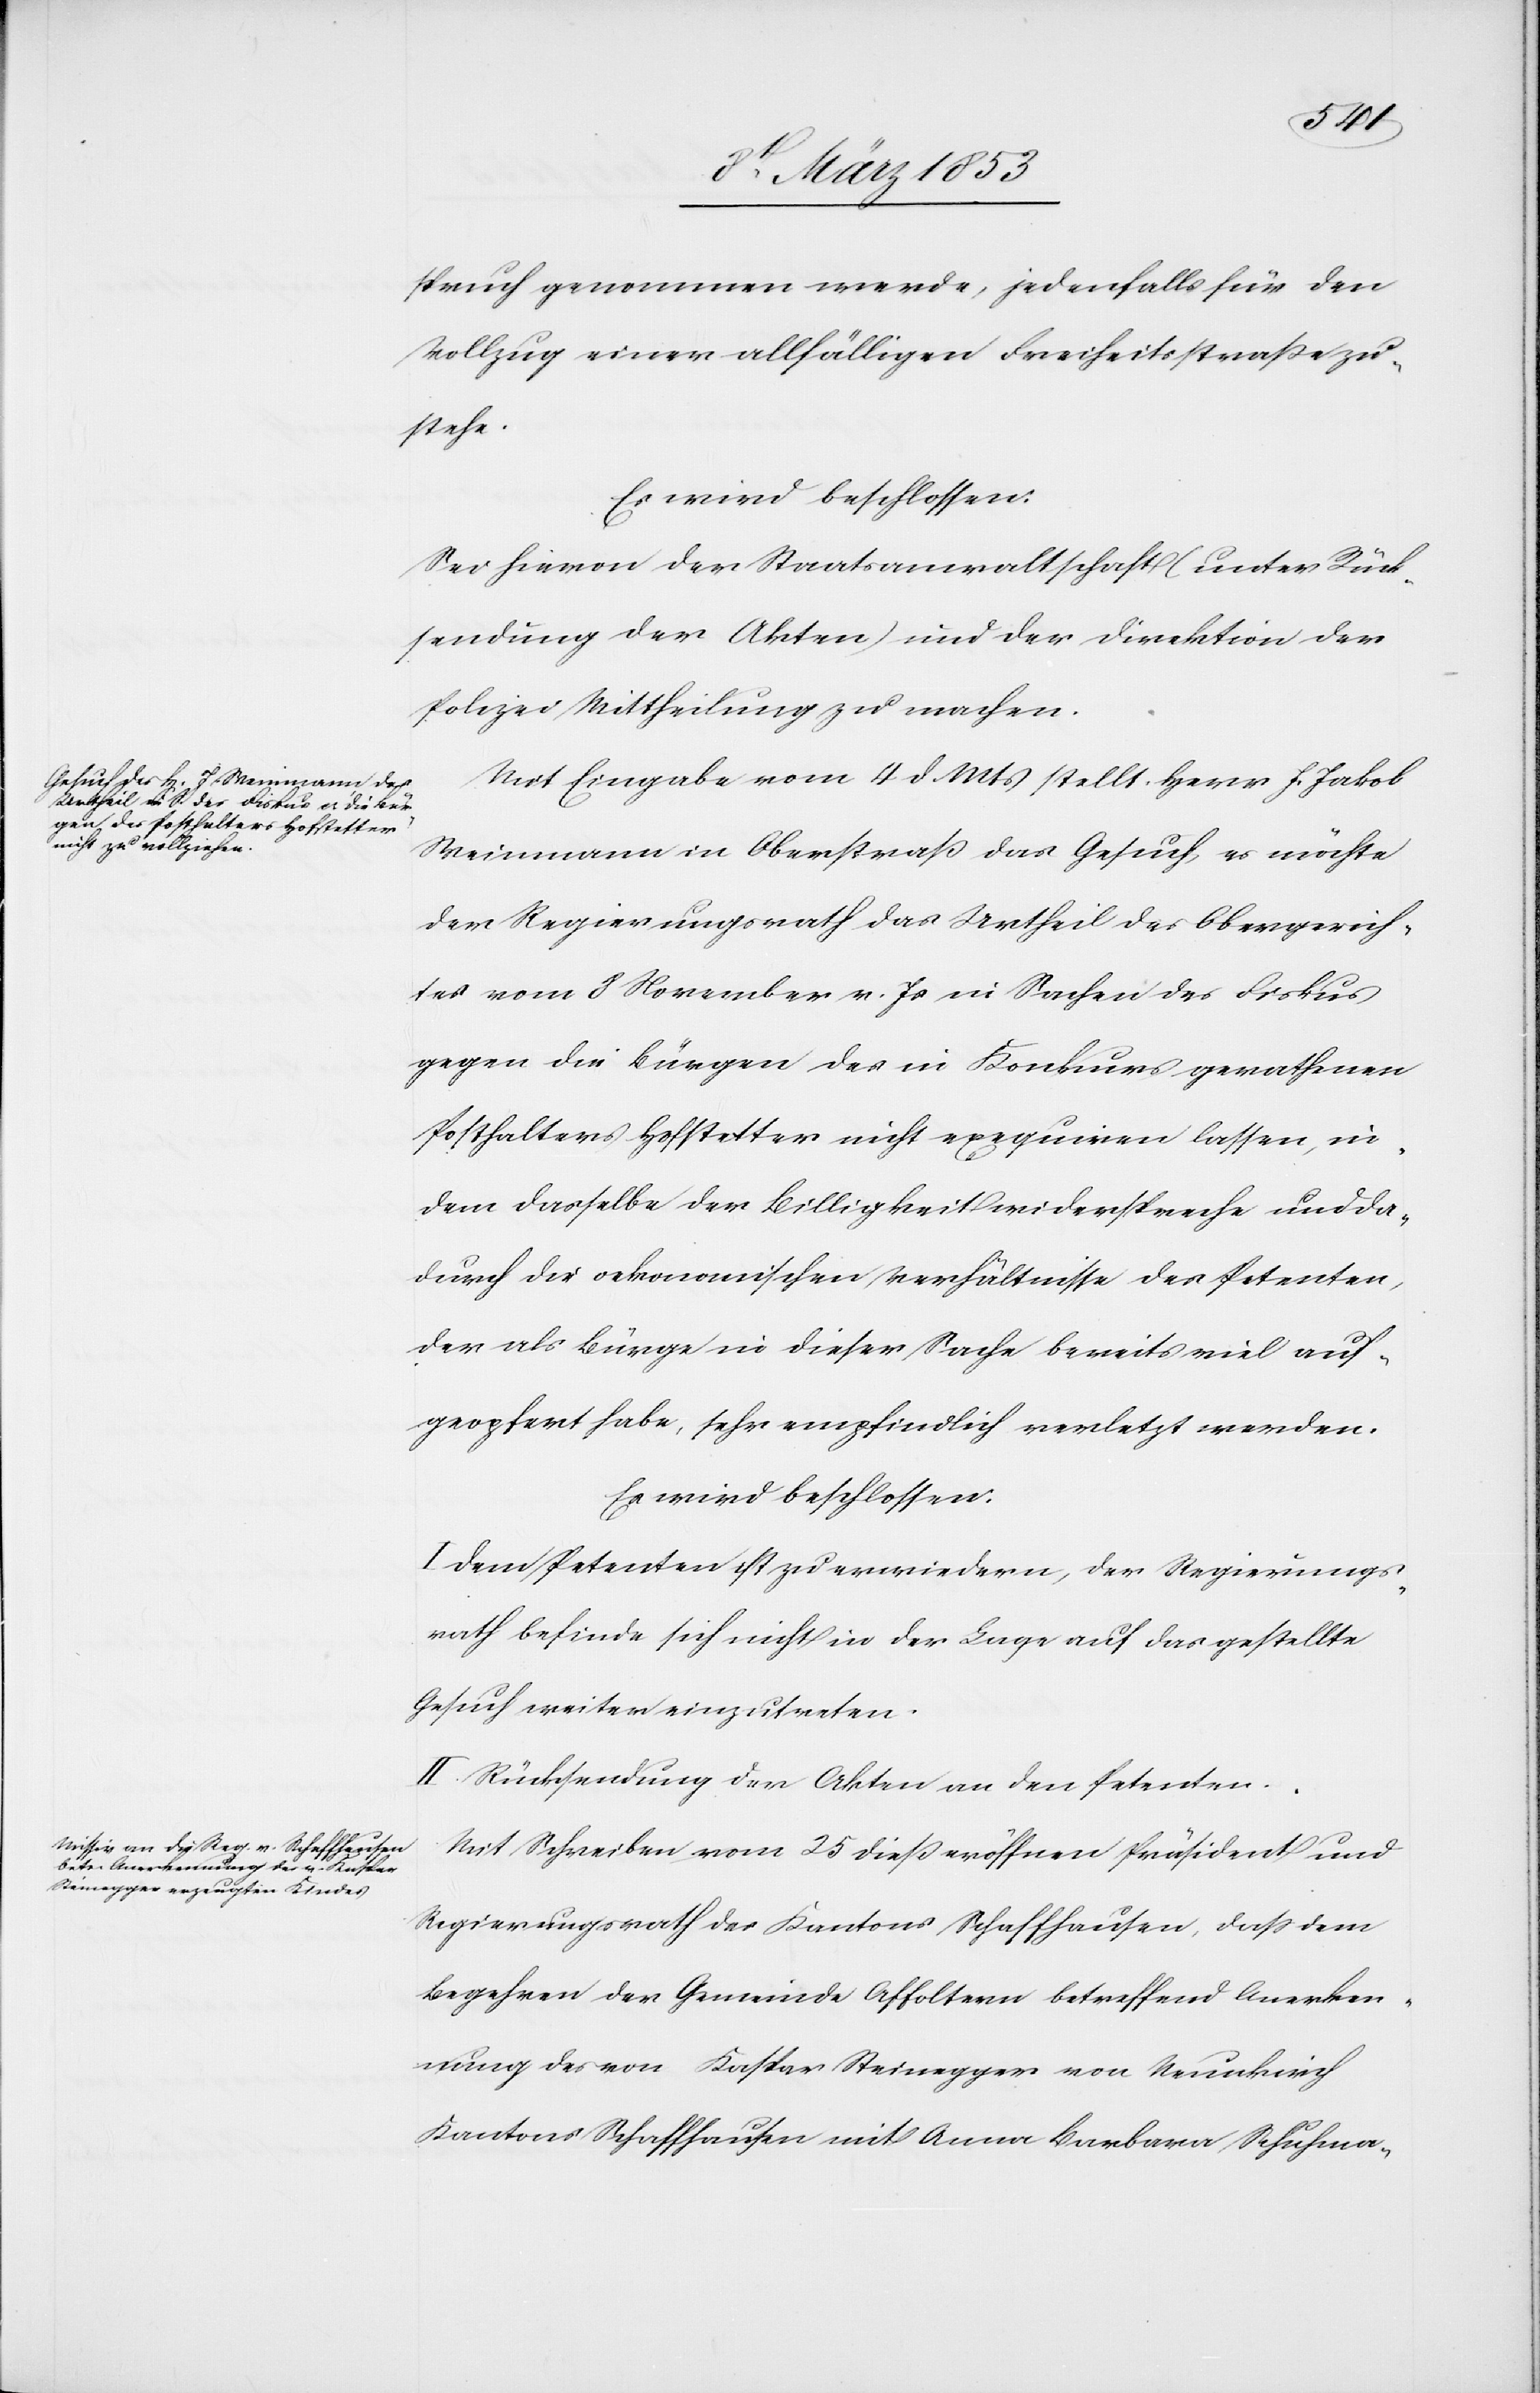
spruch genommen werde, jedenfalls für den
Vollzug einer allfälligen Freiheitsmaße zu¬
stehe.
Es wird beschlossen:
Sei hievon der Staatsanwaltschaft (unter Rück¬
sendung der Akten) und der Direktion der
Polizei Mittheilung zu machen.
Mit Eingabe vom 4 d. Mts. Herr J. Jakob
Weinmann in Oberstraß das Gesuch, es möchte
der Regierungsrath das Urtheil des Obergerich¬
tes vom 8 November v. Js. in Sachen des Fiskus
gegen die Bürger des in Konkurs gerathenen
Posthalters Hofstetter nicht exequiren lassen, in
dem dasselbe der Billigkeit widerspreche und da¬
durch die oekonomischen Verhältnisse des Petenten,
der als Bürge[r] in dieser Sache bereits viel auf¬
geopfert habe, sehr empfindlich verletzt werden.
Es wird beschlossen:
I. Dem Petenten ist zu erwiedern, der Regierungs¬
rath befinde sich nicht in der Lage auf das gestellte
Gesuch weiter einzutreten.
II. Rücksendung der Akten an den Petenten.
Mit Schreiben vom 25 dieß eröffnen Präsident und
Regierungsrath des Kantons Schaffhausen, daß dem
Begehren der Gemeinde Affoltern betreffend Anerken¬
nung des von Kaspar Steinegger von Neunkirch
Kantons Schaffhausen mit Anna Barbara Schuhma-